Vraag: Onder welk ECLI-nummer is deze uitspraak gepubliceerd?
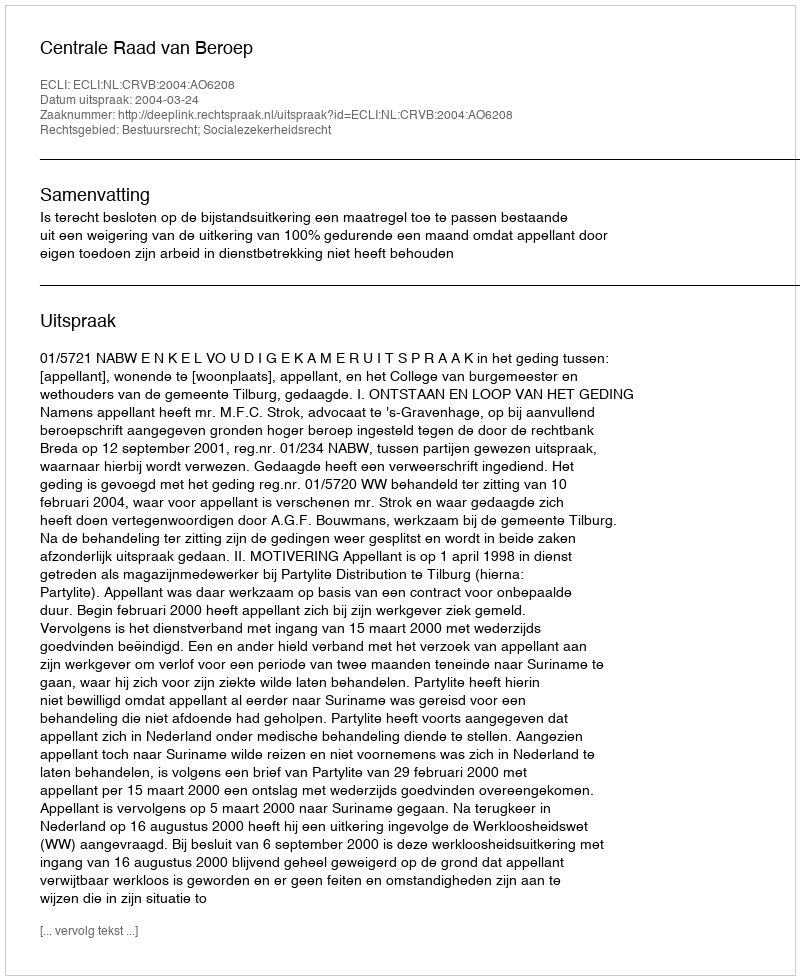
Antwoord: ECLI:NL:CRVB:2004:AO6208